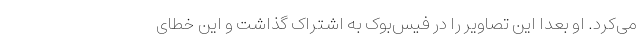
می‌کرد. او بعدا این تصاویر را در فیس‌بوک به اشتراک گذاشت و این خطای